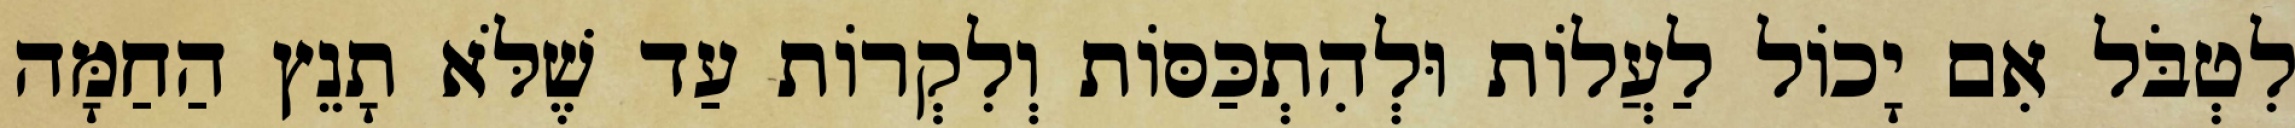
לִטְבֹּל אִם יָכוֹל לַעֲלוֹת וּלְהִתְכַּסּוֹת וְלִקְרוֹת עַד שֶׁלֹּא תָנֵץ הַחַמָּה